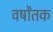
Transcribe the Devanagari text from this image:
वर्षोंतक